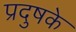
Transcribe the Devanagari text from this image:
प्रदुषके